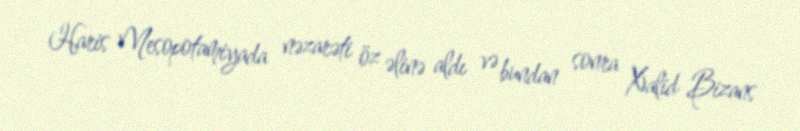
Haris Mesopotamiyada nəzarəti öz əlinə aldı və bundan sonra Xalid Bizans